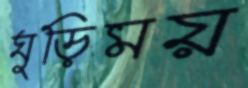
ঘুড়িময়